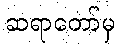
ဆရာတော်မှ